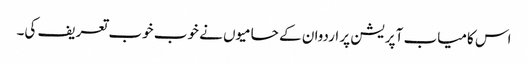
اس کامیاب آپریشن پر اردوان کے حامیوں نے خوب خوب تعریف کی۔